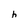
Character: h